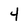
Character: 4